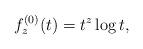
LaTeX: \begin{align*}f_z^{(0)}(t) = t^z\log t,\end{align*}